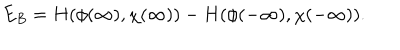
E _ { B } = H ( \phi ( \infty ) , \chi ( \infty ) ) - H ( \phi ( - \infty ) , \chi ( - \infty ) ) .